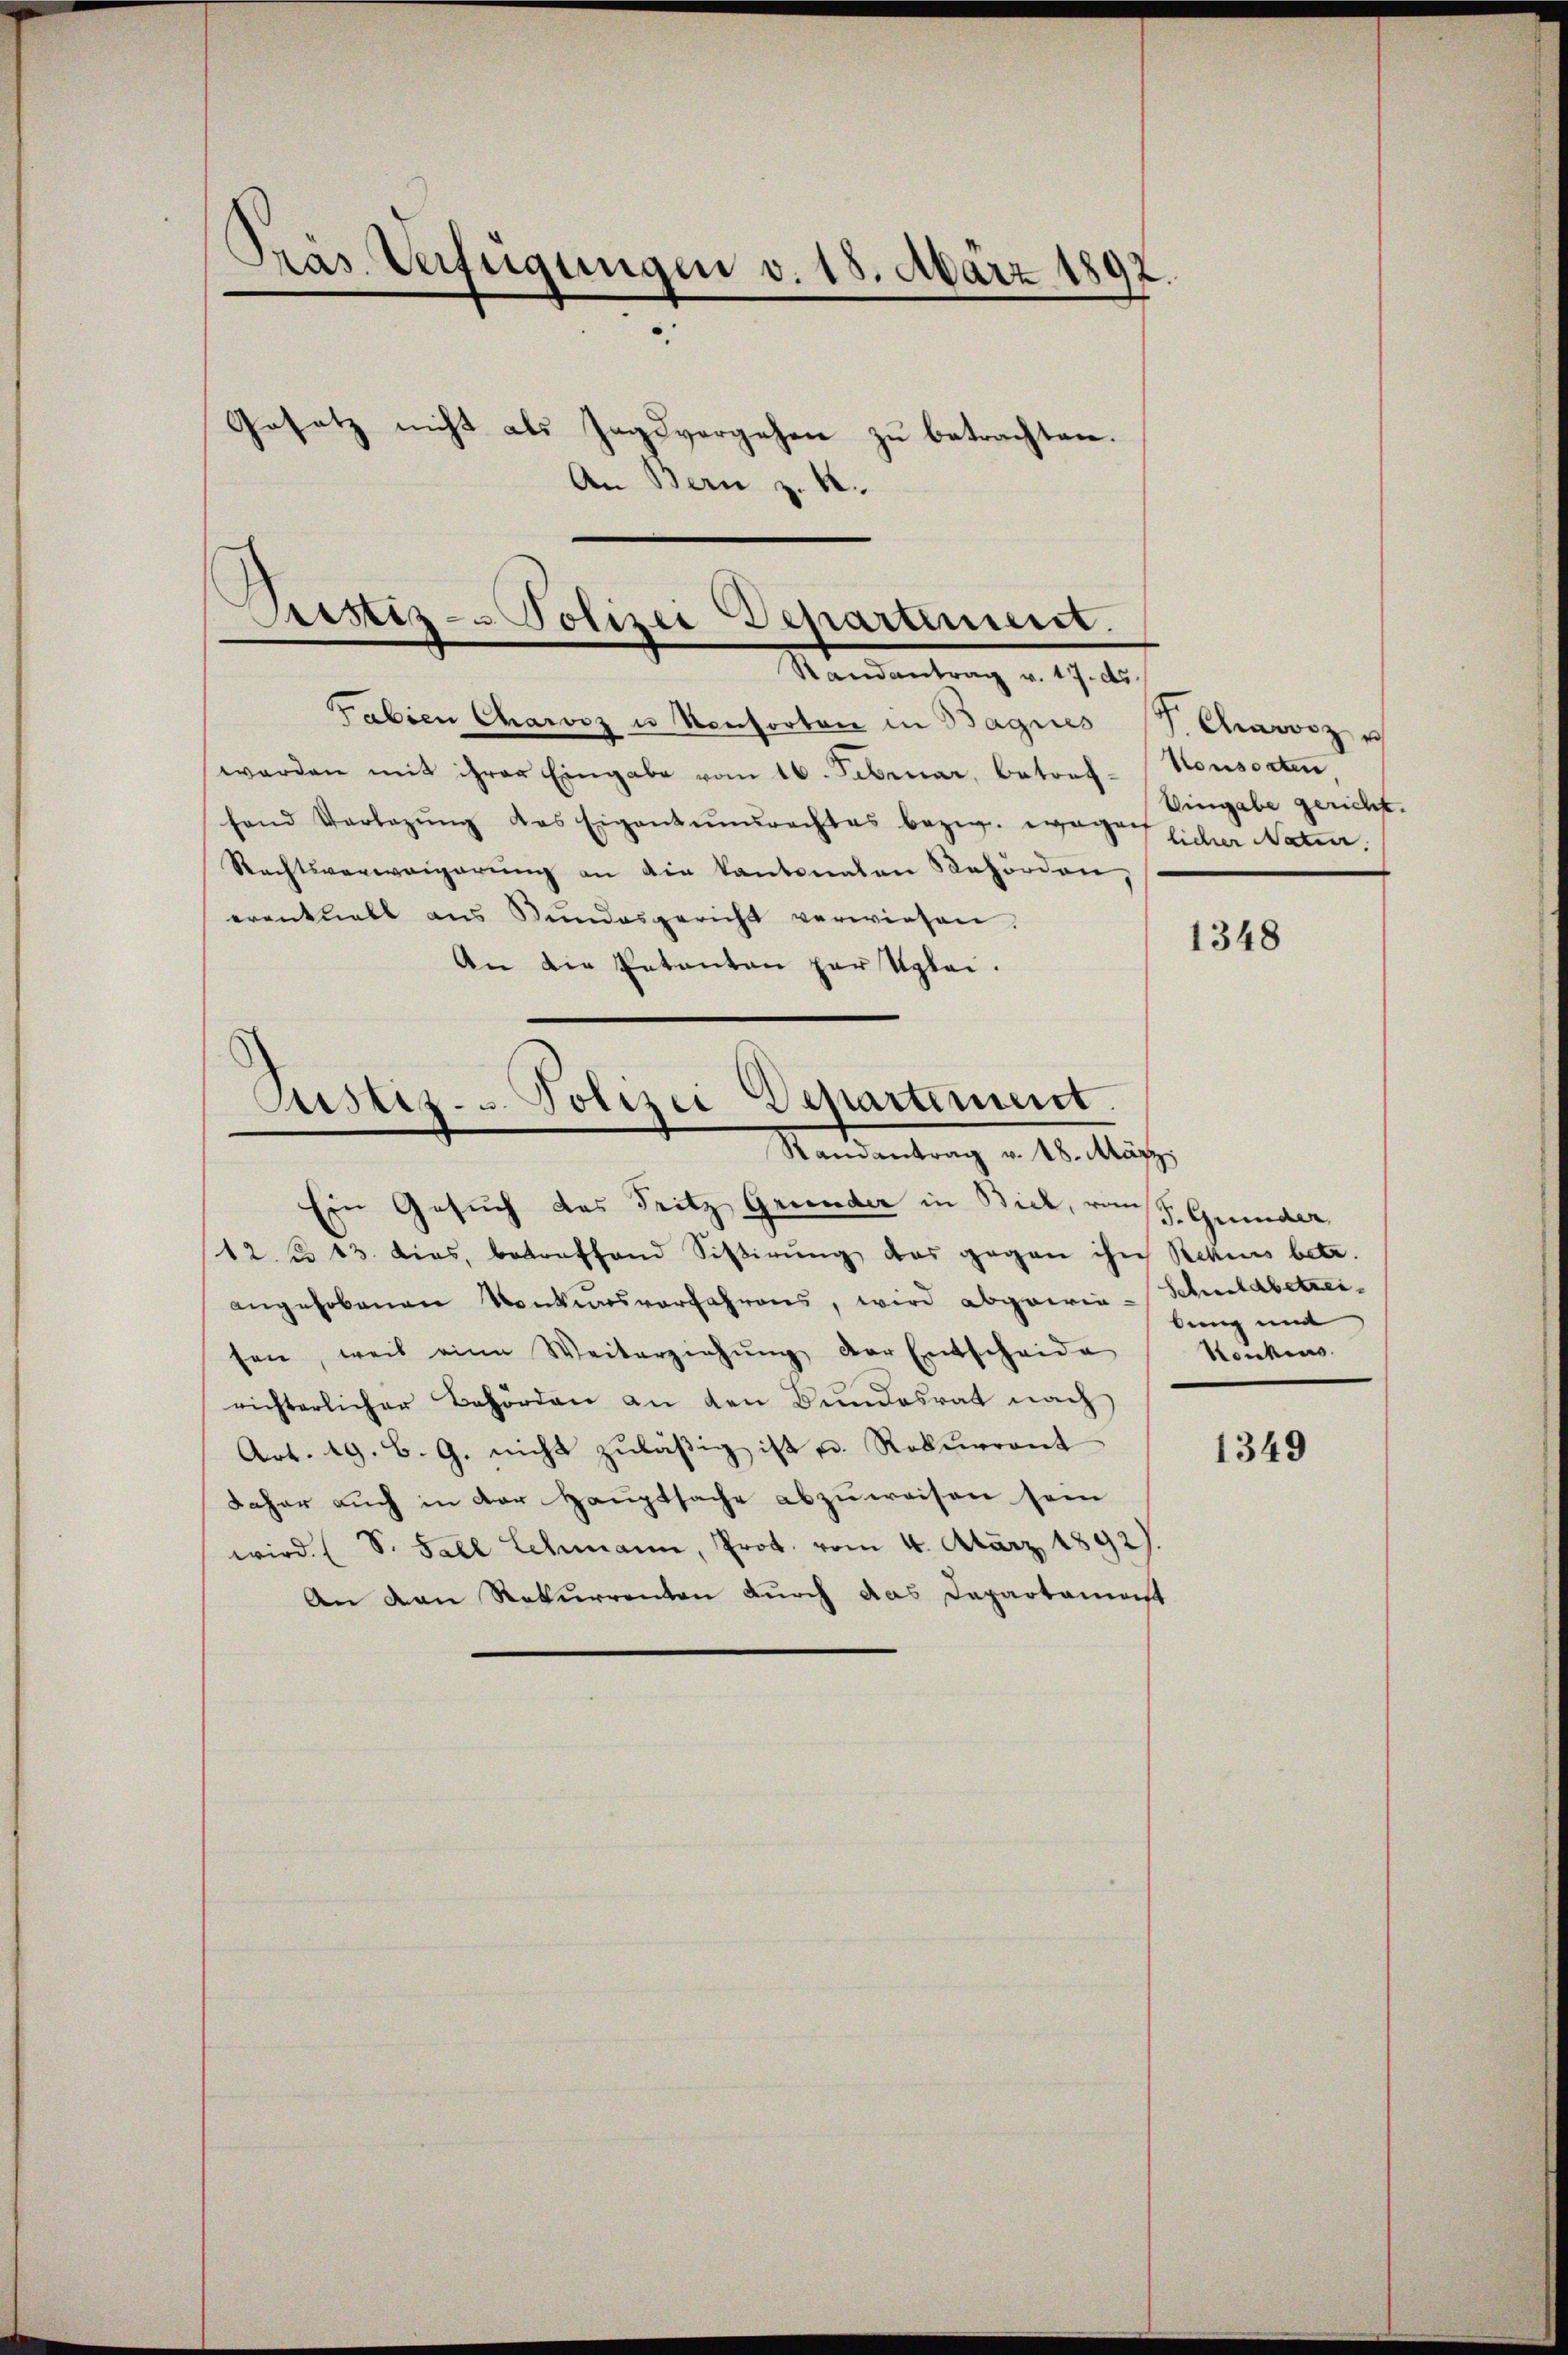
Pras Verfügungen v. 18. März 1892.
Gesetz nicht als Jagsvorgehen zu betrachten.
An Bern z. B.

Fabien Chawoz u Konsorten in Bagnes J. Anweiz u
werden mit ihrer Eingabe vom 16. Februar, betref- Konsorten
fand Vorlegŭng das Eigentumsrechtes bezw. wegen sicher Natur.
Rechtsverweigerŭng an die Kantonalen Behörden,
erantliebt aus Bŭndesgericht verwiesen.
An die Petenten par Uplei.
Ein Gesuch das Tritz Grunder in Bick, vom J. Grunder
12 n 13. dies, betreffend Sistirung das gegen ihn Rekurs betr.
angehobenen Konkursverfahrens, wird abgewie-Schuldbetreisen, weil eine Weiterziehŭng der Entscheide
richterlicher Behörden an den Bundesrat nach
Art. 19. B. G. nicht zuläßig ist u. Robenerant
daher auch in der Hauptsache abzuweisen sein
wird (S. Fall Schmann, Prot. vom 4. März 1892).
An den Rekurrenten durch das Dapartamast

Pristiz- Polizei Departement.
Mandantrag v. 19. te

Justiz- u. Polizei Departement.
Randantrag v. 18. März

Eingabe gericht.

1348

bung und
Henkens.

1349